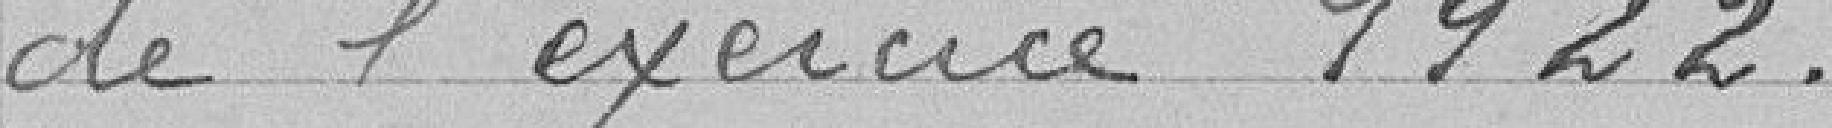
de l'exercice 1922.